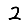
Digit: 2